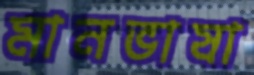
মানভাষা